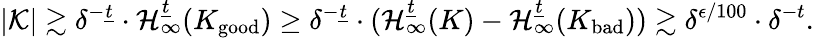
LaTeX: |\mathcal{K}|\gtrsim\delta^{-\underline{{t}}}\cdot\mathcal{H}_{\infty}^{\underline{{t}}}(K_{\mathrm{good}})\geq\delta^{-\underline{{t}}}\cdot(\mathcal{H}_{\infty}^{\underline{{t}}}(K)-\mathcal{H}_{\infty}^{\underline{{t}}}(K_{\mathrm{bad}}))\gtrsim\delta^{\epsilon/100}\cdot\delta^{-t}.